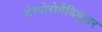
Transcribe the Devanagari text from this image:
टेम्पोरोमैंडिबुलर